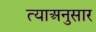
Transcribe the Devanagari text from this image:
त्याअनुसार